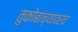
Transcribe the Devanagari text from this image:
तुकोबांच्यावरच